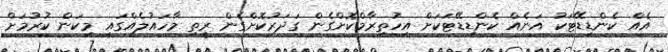
އެއް ކެންޑިޑޭޓަކު އަނެއް ކެންޑިޑޭޓަކަށް އިހުތިރާމްކޮށްގެން ގަދަރުކޮށްގެން ރީތި މާހައުލެއްގައި މިކަން ކުރުމަށް